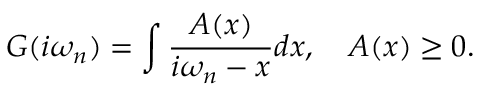
G ( i \omega _ { n } ) = \int \frac { A ( x ) } { i \omega _ { n } - x } d x , \quad A ( x ) \geq 0 .